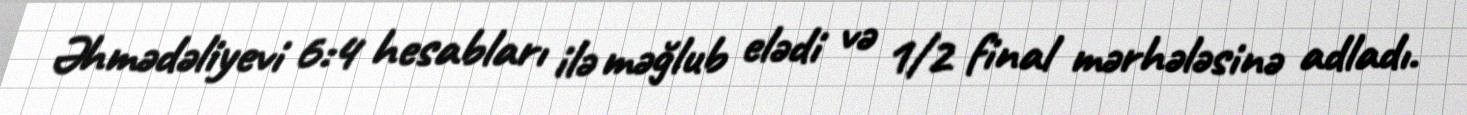
Əhmədəliyevi 6:4 hesabları ilə məğlub elədi və 1/2 final mərhələsinə adladı.